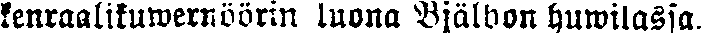
kenraalikuwernöörin luona Bjälbon huwilassa.